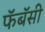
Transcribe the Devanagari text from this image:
फॅबॅसी